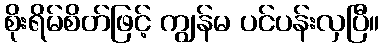
စိုးရိမ်စိတ်ဖြင့် ကျွန်မ ပင်ပန်းလှပြီ။